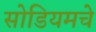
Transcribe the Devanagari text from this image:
सोडियमचे